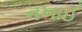
નખાઈ